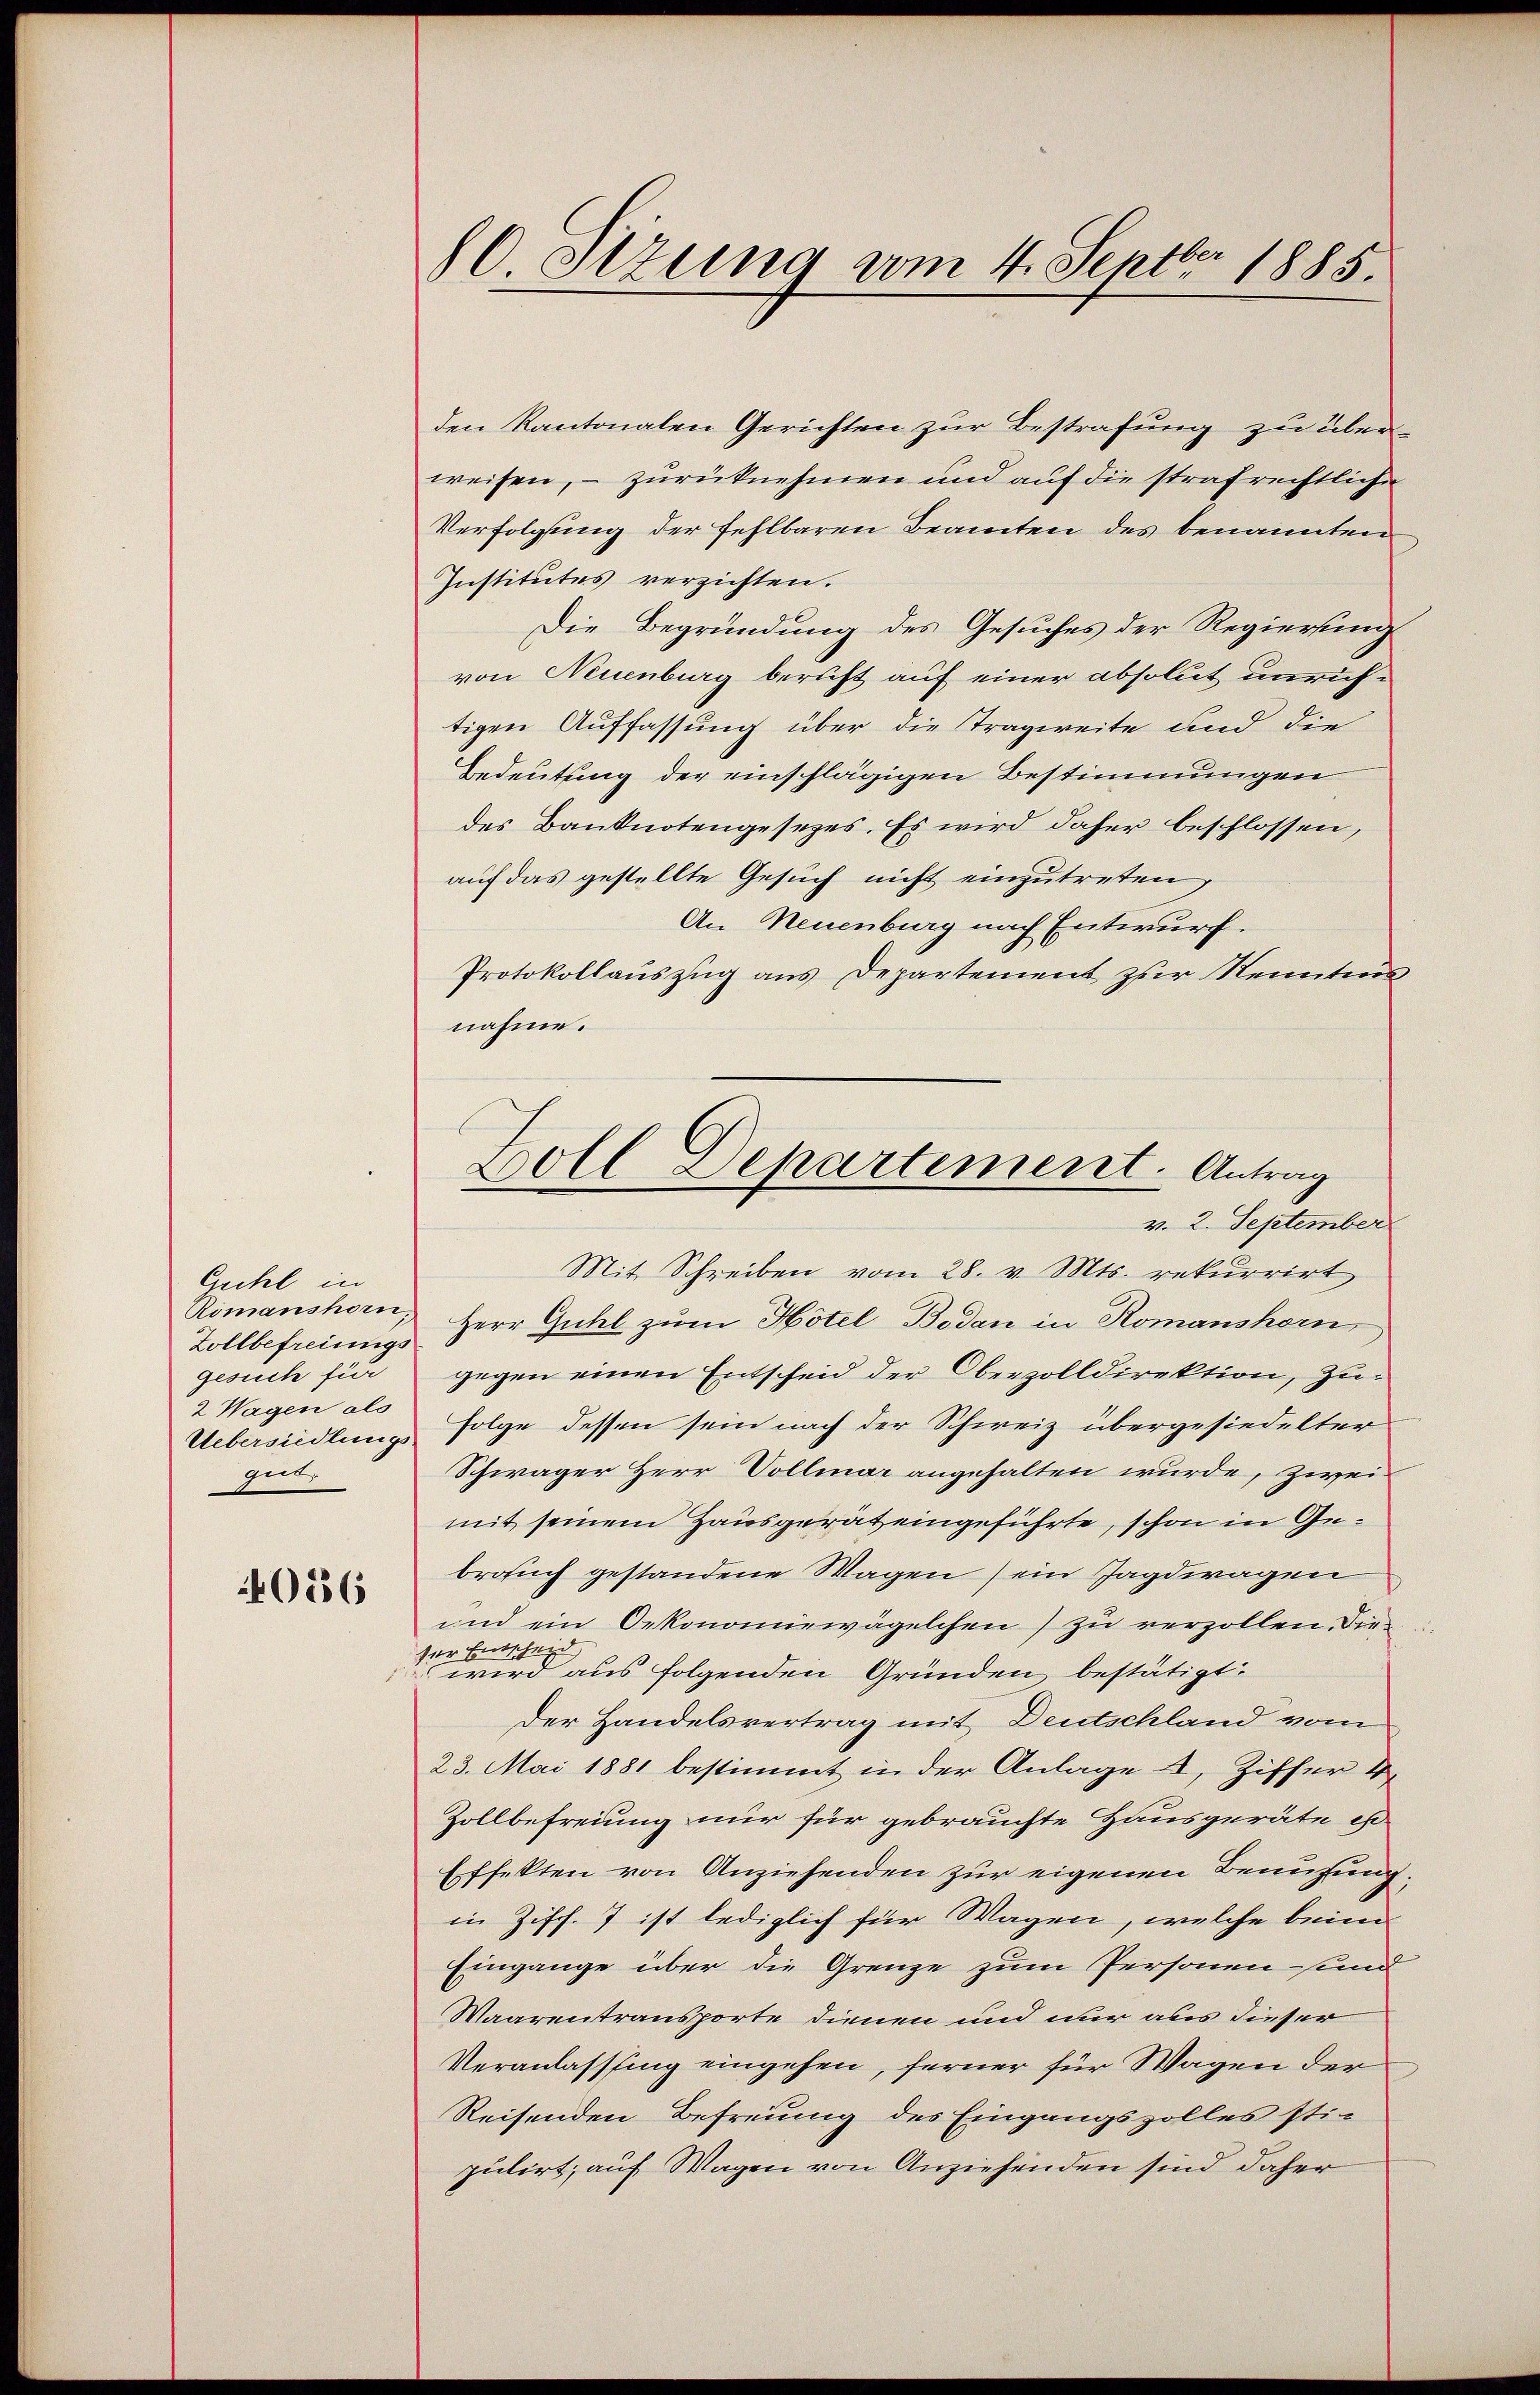
Guhl in
Romanshorn,
Zollbefreiungs
gesuch für
2 Wagen als
Uebersiedlungs
get.

4036

den Kantonalen Gerichten zur Bestrafung zu überweisen, – zurücknehmen und auf die strafrechtliche
Verfolgung der fehlbaren Beamten des benannten
Institutes verzichten.
Die Begründung des Gesuches der Regierung
von Neuenburg bericht auf einer absolut unrichtigen Auffassung über die Tragweite und die
Bedeutung der einschlägigen Bestimmungen
des Banknotengesetzes. Es wird daher beschlossen,
auf das gestellte Gesuch nicht einzutreten,
An Neuenburg nach Entwurf.
Protokollauszug aus Departement zur Kenntnis
nahme.

80. Stzung vom 4. Septbr 1885.

Boll Departement. Antrag
v. 2. September

Mit Schreiben vom 28. v. Mts. rekurrirt
Herr Guhl zum Hôtel Boden in Romanshorn,
gegen einen Entscheid der Oberzolldirektion, zu¬
Folge dessen sein nach der Schweiz übergesiedelter
Schwäger Herr Vollmar angehalten wurde, zwei
mit seinem Hausgerät eingeführte, schon in Gebrosuch gestandene Wagen ein Jagdwagen
und ein Oekonomiewägelchen) zu verzollen. Die
der Entsche
 wird aus folgenden Gründen bestätigt:
der Handelsvertrag mit Deutschland vom
23. Mai 1881 bestimmt in der Anlage 4, Ziffer 4
Zollbefreiung nur für gebrauchte Hausgeräte es
Effekten von Anziehenden zur eigenen Benuzung.
in Ziff. 7 ist lediglich für Wagen, welche beim
Eingange über die Grenze zum Personen- und
Waarentransporte dienen und nur aus dieser
Veranlassung eingehen, ferner für Wagen der
Reisenden Befreiung des Eingangszolles stipulirt, auf Wagen von Anziehenden sind daher